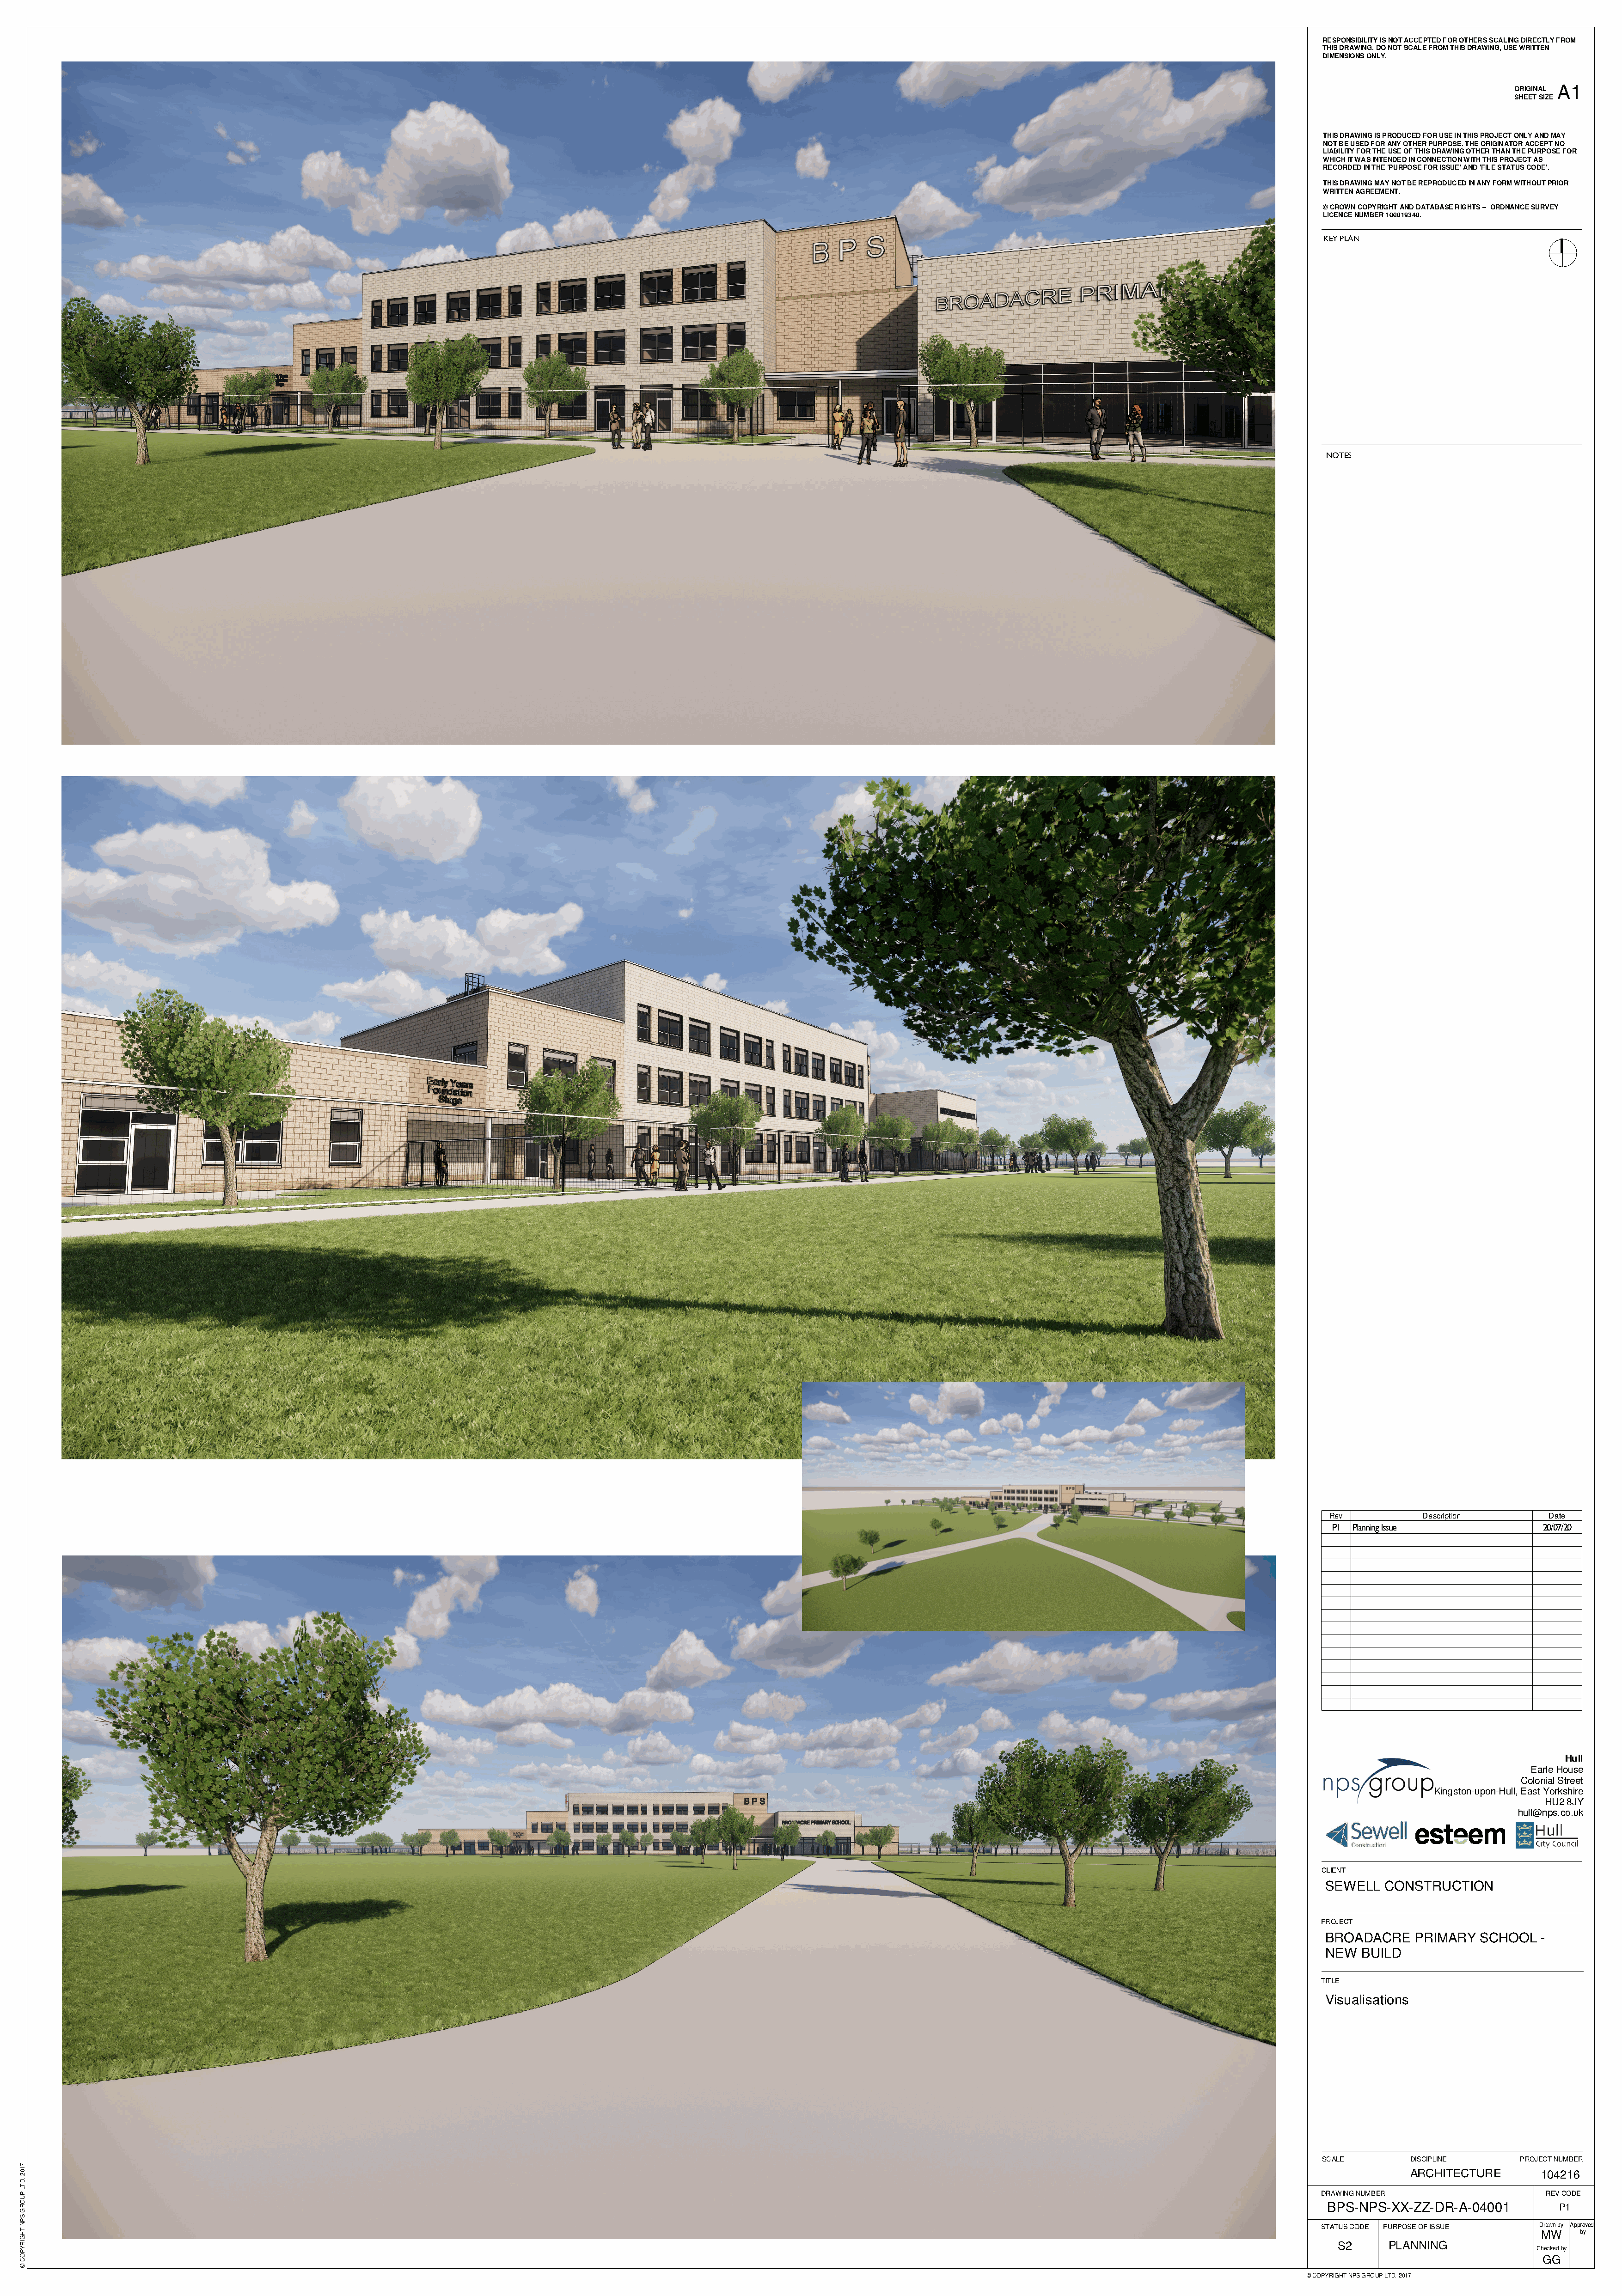
RESPONSIBILITY IS NOT ACCEPTED FOR OTHERS SCALING DIRECTLY FROM
 THIS DRAWING. DO NOT SCALE FROM THIS DRAWING, USE WRITTEN
 DIMENSIONS ONLY.
 ORIGINAL A1
 SHEET SIZE
 THIS DRAWING IS PRODUCED FOR USE IN THIS PROJECT ONLY AND MAY
 NOT BE USED FOR ANY OTHER PURPOSE. THE ORIGINATOR ACCEPT NO
 LIABILITY FOR THE USE OF THIS DRAWING OTHER THAN THE PURPOSE FOR
 WHICH IT WAS INTENDED IN CONNECTION WITH THIS PROJECT AS
 RECORDED IN THE 'PURPOSE FOR ISSUE' AND 'FILE STATUS CODE'.
 THIS DRAWING MAY NOT BE REPRODUCED IN ANY FORM WITHOUT PRIOR
 WRITTEN AGREEMENT.
 © CROWN COPYRIGHT AND DATABASE RIGHTS -- ORDNANCE SURVEY
 LICENCE NUMBER 100019340.
 KEY PLAN
 NOTES
 Rev           Description       Date
 P1 Planning Issue             20/07/20
 Hull
 Earle House
 Colonial Street
 Kingston-upon-Hull, East Yorkshire
 HU2 8JY
 hull@nps.co.uk
 CLIENT
 SEWELL  CONSTRUCTION
 PROJECT
 BROADACRE    PRIMARY  SCHOOL   -
 NEW  BUILD
 TITLE
 Visualisations
 SCALE        DISCIPLINE      PROJECT NUMBER
 ARCHITECTURE       104216
 DRAWING NUMBER                  REV CODE
 BPS-NPS-XX-ZZ-DR-A-04001         P1
 STATUS CODE PURPOSE OF ISSUE   Drawn by Approved
 MW   by
 S2     PLANNING
 Checked by
 GG
 © COPYRIGHT NPS GROUP LTD. 2017
 7102
 .DTL
 PUORG
 SPN
 THGIRYPOC
 ©